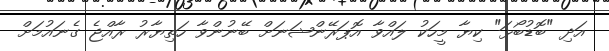
އަދި "ބޮޑުބޯޅަ" ކިޔާ މީހަކު ލައްވާ އޮޕަރޭންޝަނަށް ބޭނުންވާ ހަތިޔާރު ރާއްޖެ ގެނައުމަށް